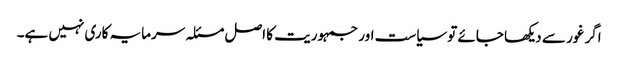
اگر غور سے دیکھا جائے تو سیاست اور جمہوریت کا اصل مسئلہ سرمایہ کاری نہیں ہے۔